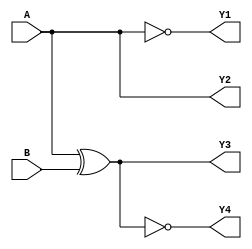
module LG_7(input A,input B,output Y1,output Y2,output Y3 , output Y4);
assign Y1 = ~A; // This is representative of IC 7404 , IC 7405 , IC 7414. All these are Inverters
assign Y2 = A;// This is representative of IC 7434 , IC 7407 , IC 747014. All these are Buffers
assign Y3 = A ^ B; // This is representative of IC 7486 , IC 74136. All these are 2-Input XOR gates
assign Y4 = ~(A ^ B);// This is representative of IC 74266 , IC 747266. All these are 2-Input XNOR Gates
endmodule